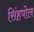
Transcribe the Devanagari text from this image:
सिंहपोल